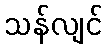
သန်လျင်